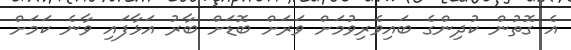
އެ ގޮތުން ކުދިންގެ ބައިވެރިވުމަށް ވަރަށް ބޮޑަށް ބާރު އަޅާފައި ވާނެ ކަމަށް